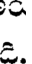
క్